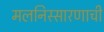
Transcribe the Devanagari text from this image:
मलनिस्सारणाची